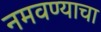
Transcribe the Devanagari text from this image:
नमवण्याचा